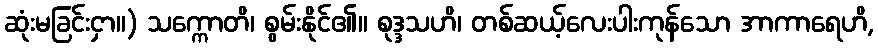
ဆုံးမခြင်းငှာ။) သက္ကောတိ၊ စွမ်းနိုင်၏။ စုဒ္ဒသဟိ၊ တစ်ဆယ့်လေးပါးကုန်သော အာကာရေဟိ,